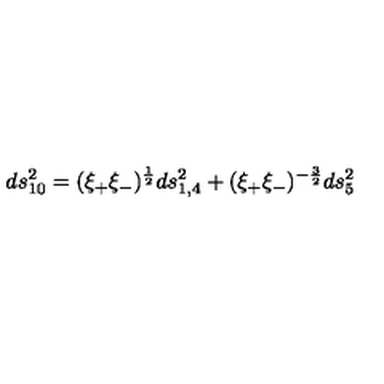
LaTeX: d s _ { 1 0 } ^ { 2 } = ( \xi _ { + } \xi _ { - } ) ^ { \frac { 1 } { 2 } } d s _ { 1 , 4 } ^ { 2 } + ( \xi _ { + } \xi _ { - } ) ^ { - { \frac { 3 } { 2 } } } d s _ { 5 } ^ { 2 }